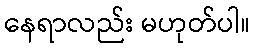
နေရာလည်း မဟုတ်ပါ။